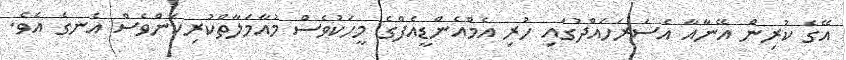
އޭގެ ކުރިން އޭނާއާ އެސަރަހައްދުގައި ހުރި އެމްއެންޑީއެފްގެ މީހަކުވެސް މުއާމަލާތްކުރިކަންވެސް އެނގެ އެވެ.